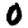
Digit: 0